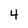
Character: 4